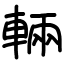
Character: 輛